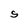
Character: S